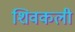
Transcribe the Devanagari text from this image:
शिवकली